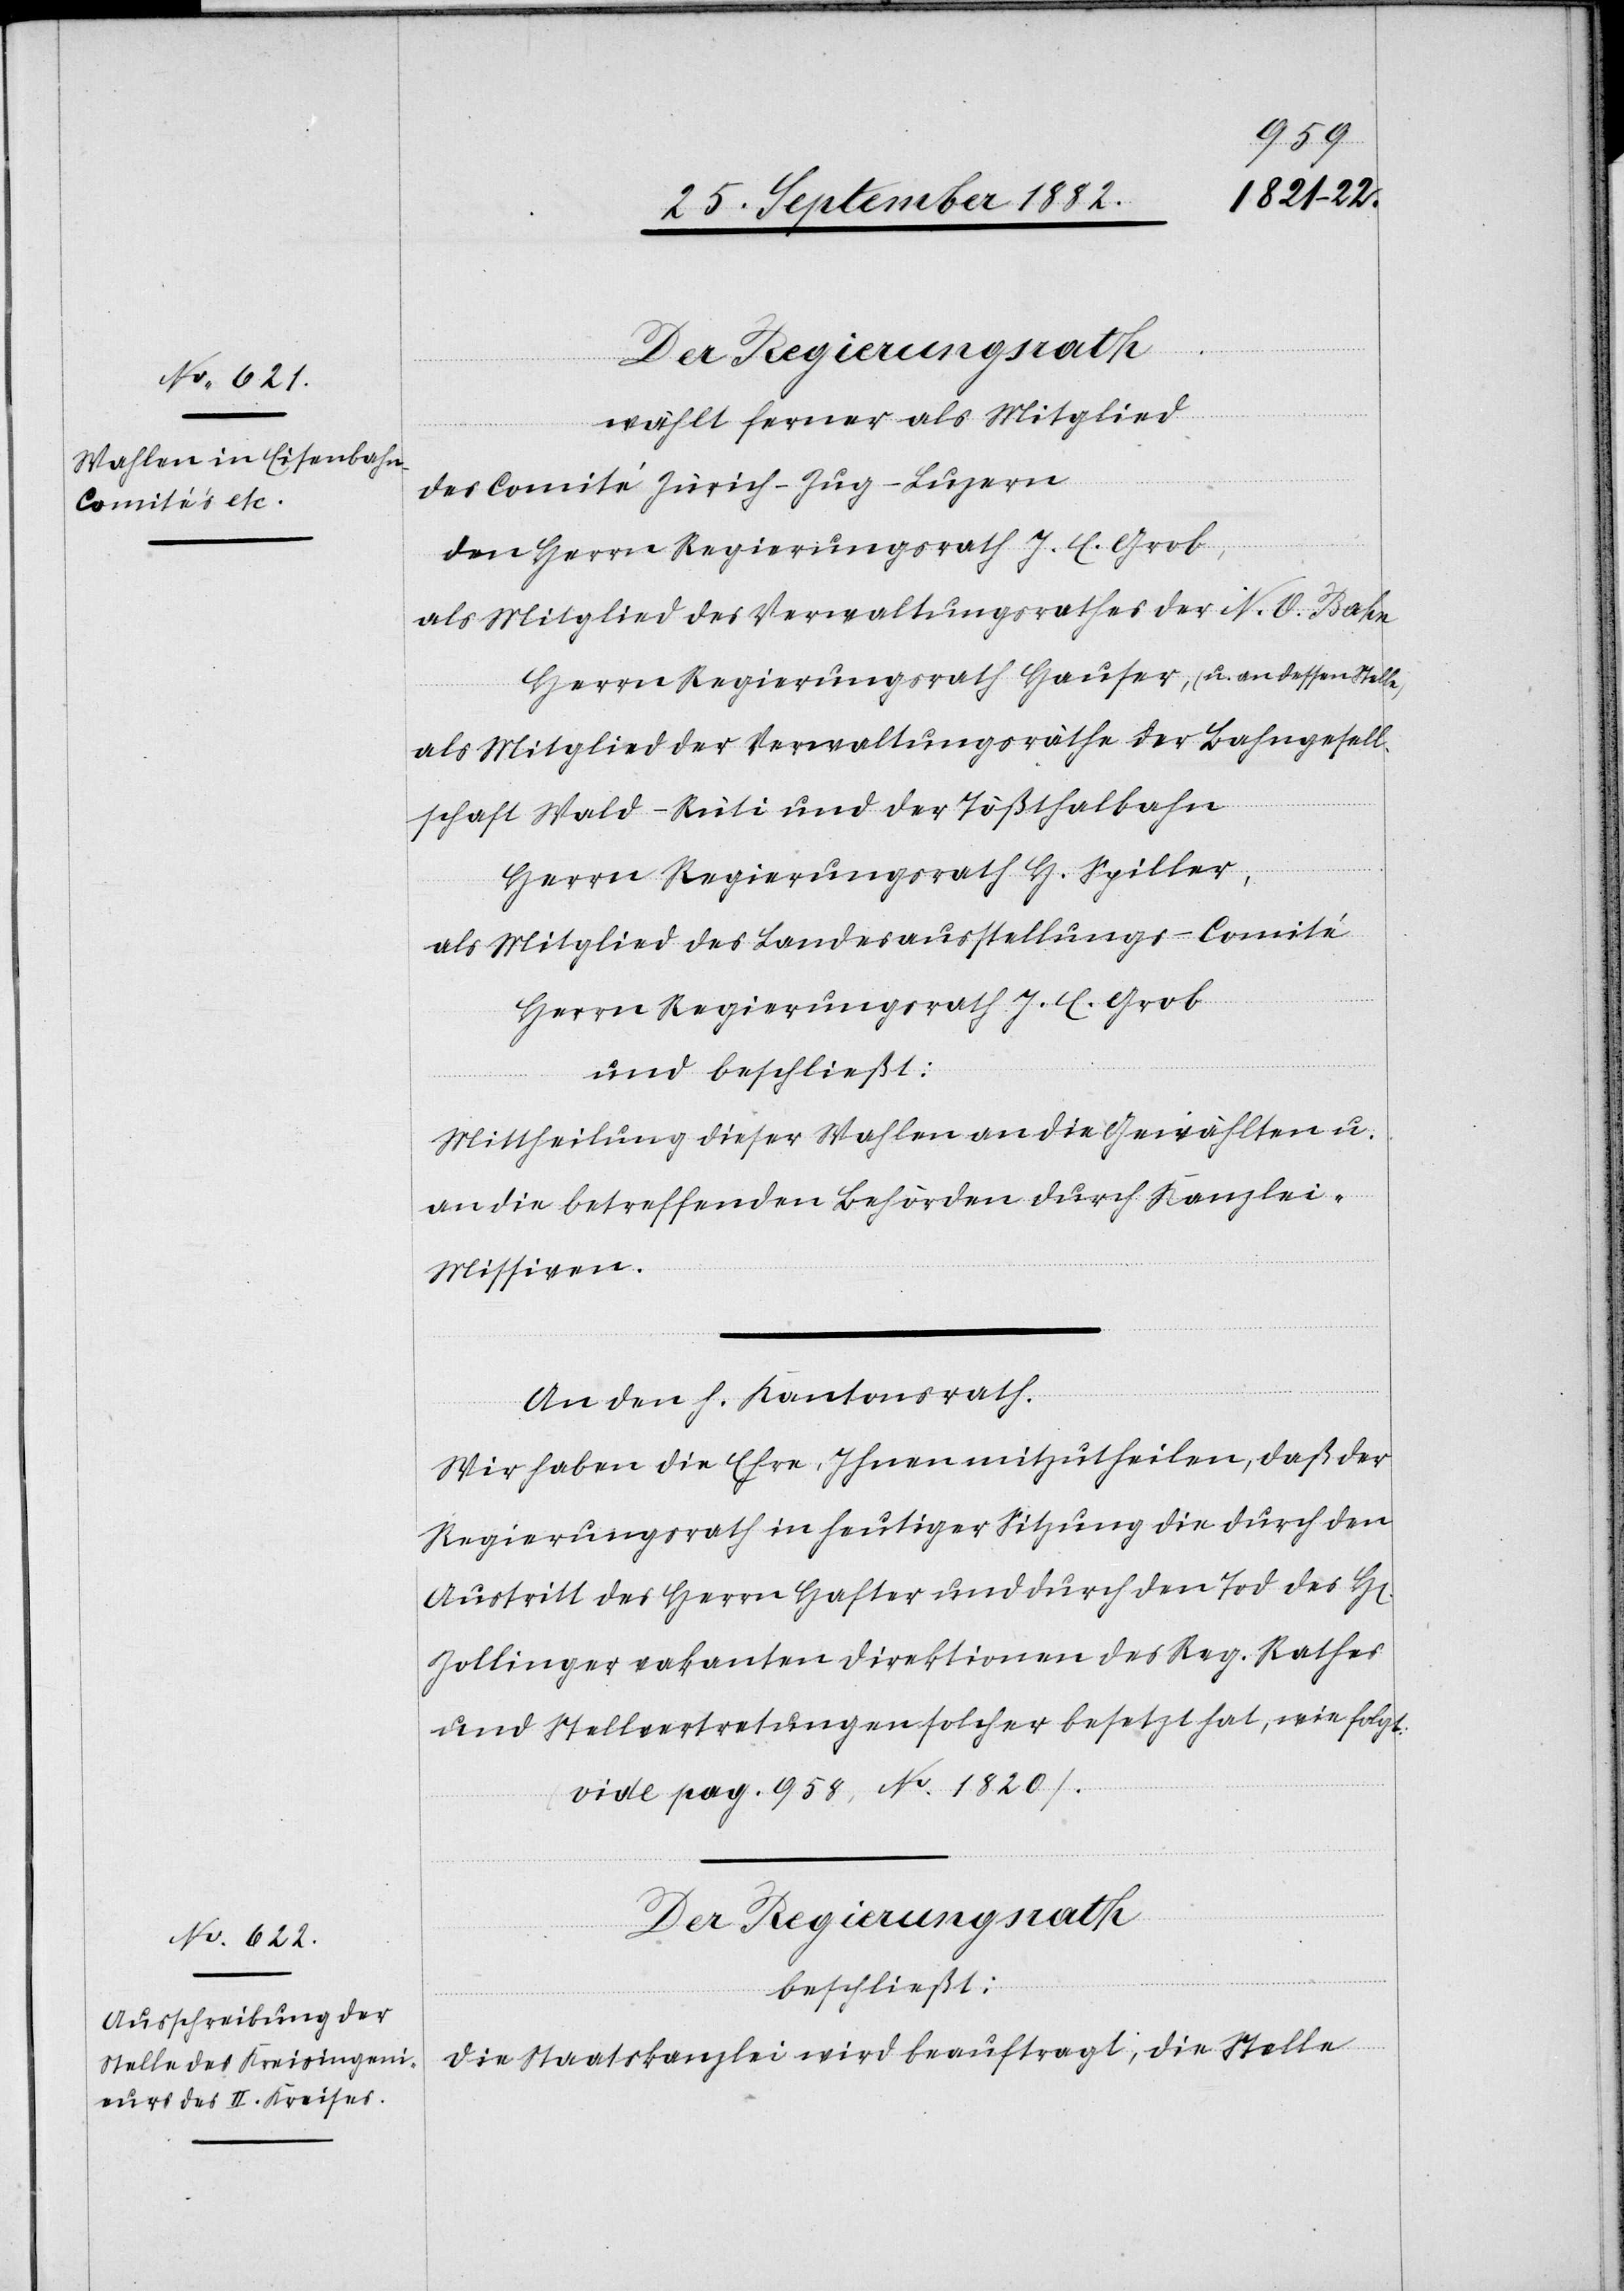
wählt ferner als Mitglied
des Comité Zürich–Zug–Luzern
den Herrn Regierungsrath J. C. Grob,
als Mitglied des Verwaltungsrathes der N. O. Bahn
Herrn Regierungsrath Hauser, (u. an dessen Stelle)
als Mitglied der Verwaltungsräthe der Bahngesell¬
schaft Wald–Rüti und der Tößthalbahn
Herrn Regierungsrath H. Spiller,
als Mitglied des Landesausstellungs-Comité
Herrn Regierungsrath J. C. Grob
und beschließt:
Mittheilung dieser Wahlen an die Gewählten u.
an die betreffenden Behörden durch Kanzlei-M¬
issiven.
rn]
An den h. Kantonsrath
Wir haben die Ehre, Ihnen mitzutheilen, daß der
Regierungsrath in heutiger Sitzung die durch den
Austritt des Herrn Hafter und durch den Tod des H[er¬
Zollinger vakanten Direktionen des Reg. Rathes
und Stellvertretungen solcher besetzt hat, wie folgt:
(vide pag. 958, No. 1820).
Der Regierungsrath
beschließt:
Die Staatskanzlei wird beauftragt, die Stelle